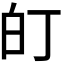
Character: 𭽆